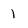
Character: 1